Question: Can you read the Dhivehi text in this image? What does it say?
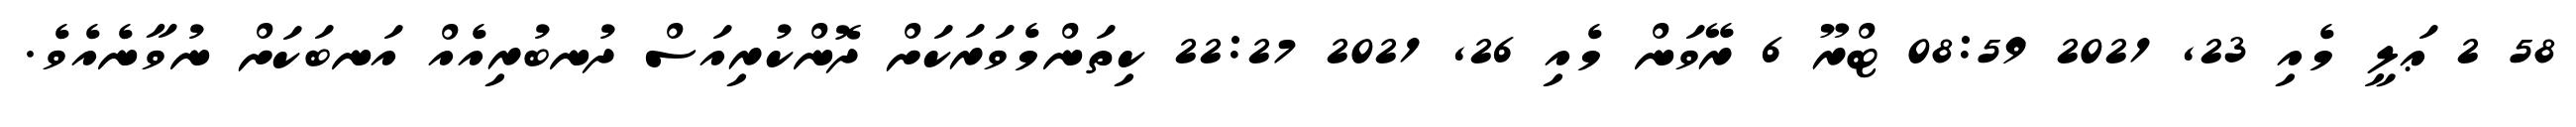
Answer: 58 2 ޢަލީ މެއި 23, 2021 08:59 ޓްރޫ 6 ރޭވަން މެއި 26, 2021 22:27 ކިތަންމެވަރަކަށް ދޮންކުރިއަސް ދުނބުރިއެއް އަނބަކަށް ނުވާނެއެވެ.